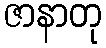
ဇာနာတု